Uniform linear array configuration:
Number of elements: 24
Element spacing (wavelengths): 0.75
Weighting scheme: exponential
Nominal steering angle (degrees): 45
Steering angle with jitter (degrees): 45.364
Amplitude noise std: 0.05
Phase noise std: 0.05

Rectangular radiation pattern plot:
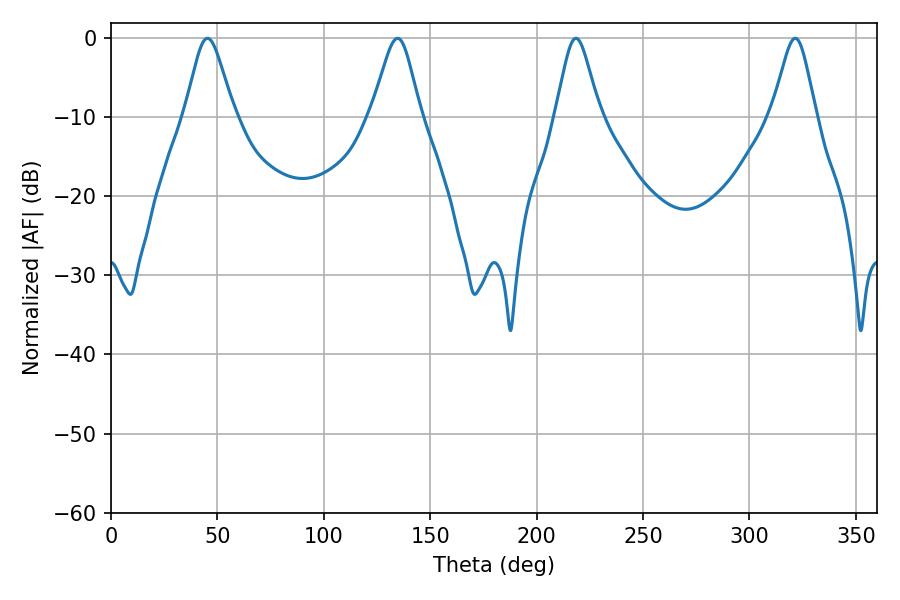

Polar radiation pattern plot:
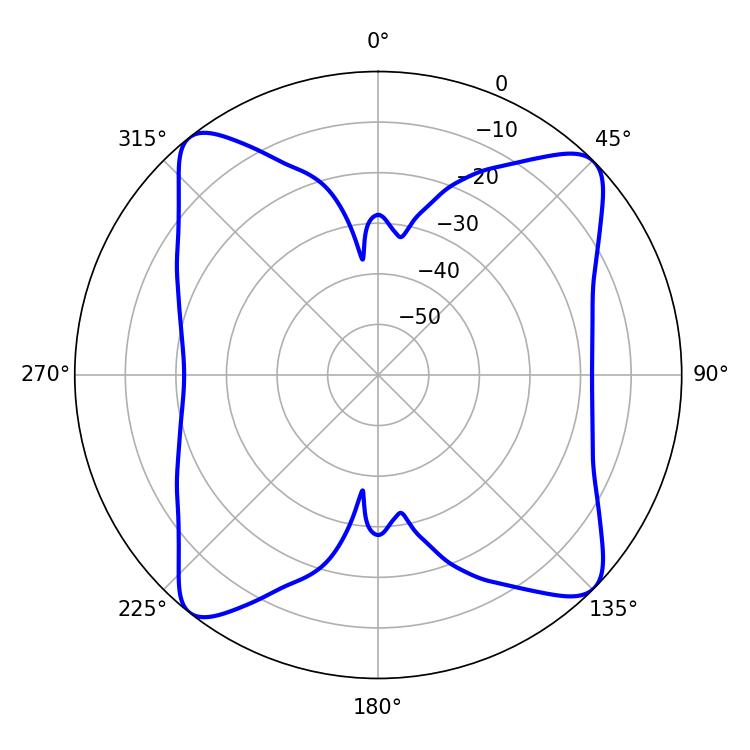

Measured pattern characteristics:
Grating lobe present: TRUE
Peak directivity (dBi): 14.294
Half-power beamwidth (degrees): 11.16
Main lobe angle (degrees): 45.36